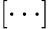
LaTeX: [\cdots]